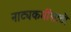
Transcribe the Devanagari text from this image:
नाट्यकर्मींसाठी